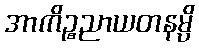
အာကိဉ္စညာယတနမ္ပိ